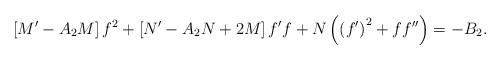
LaTeX: \begin{align*}\left[ M^{\prime }-A_{2}M\right] f^{2}+\left[ N^{\prime }-A_{2}N+2M\right]f^{\prime }f+N\left( \left( f^{\prime }\right) ^{2}+ff^{\prime \prime}\right) =-B_{2}. \end{align*}